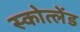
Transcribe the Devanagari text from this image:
स्कोत्लेंड